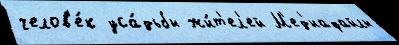
челов'е́к уса́дьбы жи́т'ел'ей М'ед'иафайлы